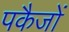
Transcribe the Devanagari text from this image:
पकैजों